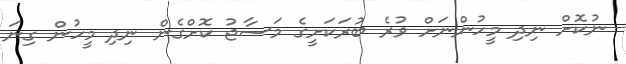
ނުކޮށް ނިދި މީހުންނަށް ވުރެ ބުރަކަށީގެ މަސާޖު ކޮށްގެން ނިދި މީހުން ގިނަ